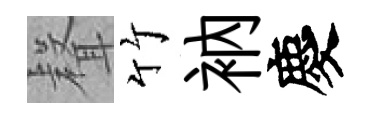
𮋻竹衲慶